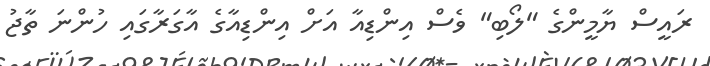
ރައީސް ޔާމީންގެ "ލޯބި" ވެސް އިންޑިއާ އަށް އިންޑިއާގެ އާގަރާގައި ހުންނަ ތާޖު